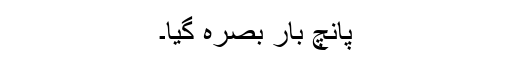
پانچ بار بصرہ گیا۔